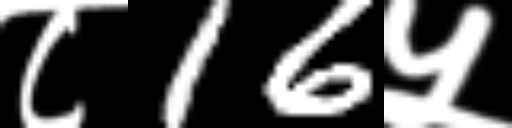
Text: ८16५